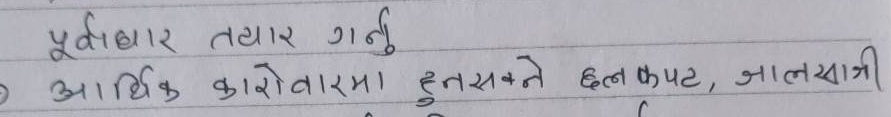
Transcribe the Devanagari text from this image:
पूर्वाधार तयार गर्नु
आर्थिक कारोबारमा हुनसक्ने छल कपट, जालसाजी